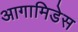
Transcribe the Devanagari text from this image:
आगामिडेस